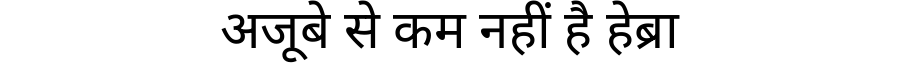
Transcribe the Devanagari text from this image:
अजूबे से कम नहीं है हेब्रा